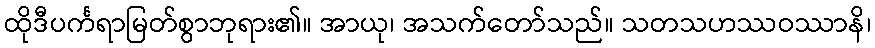
ထိုဒီပင်္ကရာမြတ်စွာဘုရား၏။ အာယု၊ အသက်တော်သည်။ သတသဟဿဝဿာနိ၊